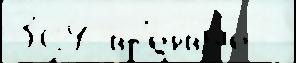
364 вп'ервы́е